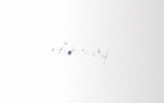
olunacaq.